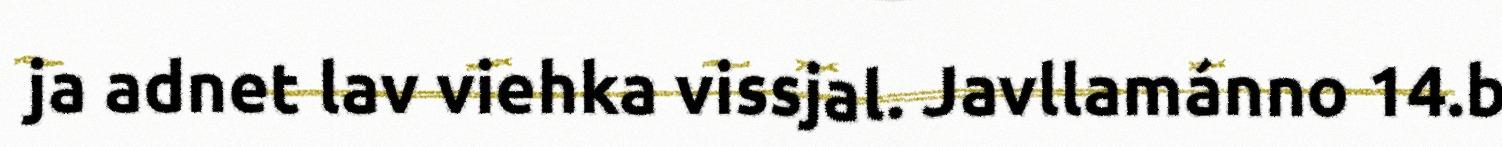
ja adnet lav viehka vissjal. Javllamánno 14.b